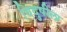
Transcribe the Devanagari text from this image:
विदुषीला